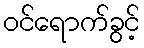
ဝင်ရောက်ခွင့်